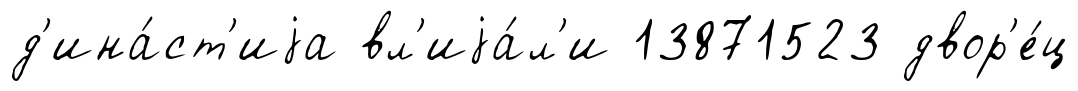
д'ина́ст'иjа вл'иjа́л'и 13871523 двор'е́ц